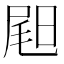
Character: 𡲉